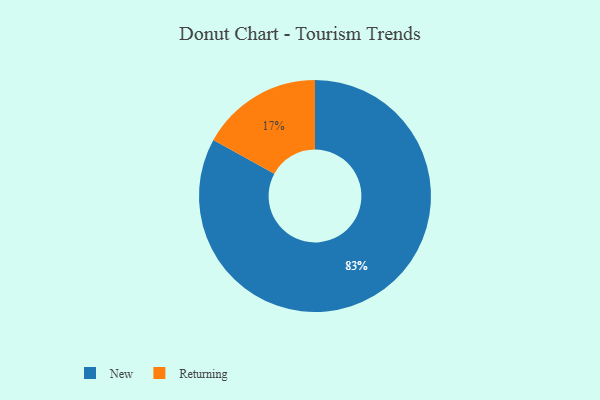
{"axis": {"x": "Category", "y": "Percentage"}, "legend": ["New", "Returning"], "data": [{"x": "New", "y": 83, "type": "New"}, {"x": "Returning", "y": 17, "type": "Returning"}]}